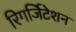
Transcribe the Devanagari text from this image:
रिगर्जिटेशन